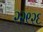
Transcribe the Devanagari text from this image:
२२९२६